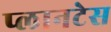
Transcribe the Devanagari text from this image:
प्लानटेस